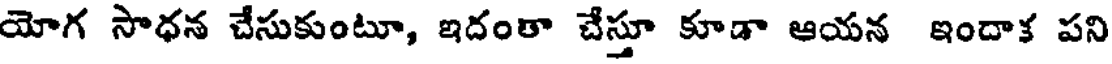
యోగ సాధన చేసుకుంటూ, ఇదంతా చేస్తూ కూడా ఆయన ఇందాక పని